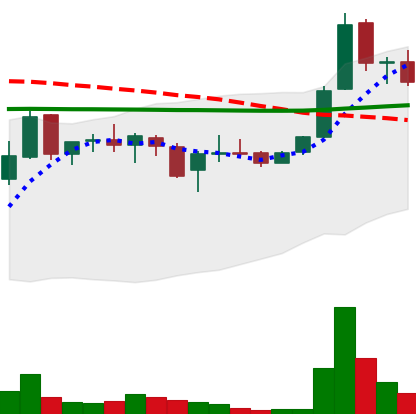
Ticker: LINK-USD
Chart end date: 2019-01-07
Forward return: 9.501%
Label: up_7plus